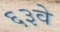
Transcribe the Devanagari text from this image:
६३वे